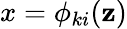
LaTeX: x=\phi_{ki}(\mathbf{z})